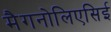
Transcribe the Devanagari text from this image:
मैगनोलिएसिई